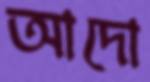
আদো